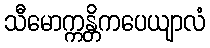
သီမောက္ကန္တိကပေယျာလံ